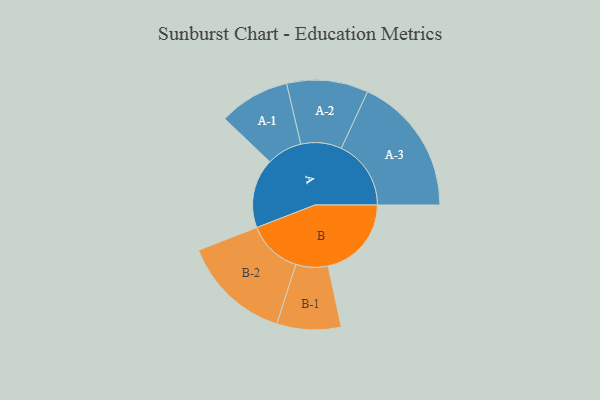
{"axis": {"x": "Segment", "y": "Value"}, "legend": ["", "A", "B"], "data": [{"x": "A", "y": 225, "type": ""}, {"x": "B", "y": 270, "type": ""}, {"x": "A-1", "y": 115, "type": "A"}, {"x": "A-2", "y": 132, "type": "A"}, {"x": "A-3", "y": 226, "type": "A"}, {"x": "B-1", "y": 104, "type": "B"}, {"x": "B-2", "y": 177, "type": "B"}]}